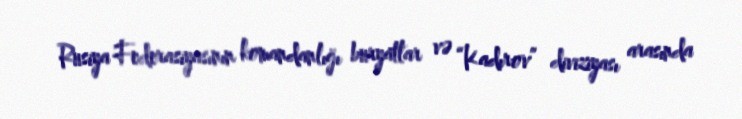
Rusiya Federasiyasının komandanlığı buryatlar və “Kadırov” diviziyası arasında